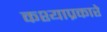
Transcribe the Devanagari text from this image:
कश्याप्रकारे